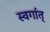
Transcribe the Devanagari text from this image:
स्वर्गात्